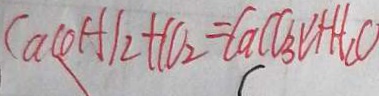
C a ( O H ) _ { 2 } + C O _ { 2 } = C a C O _ { 3 } \downarrow + H _ { 2 } O